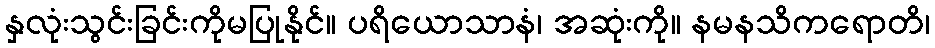
နှလုံးသွင်းခြင်းကိုမပြုနိုင်။ ပရိယောသာနံ၊ အဆုံးကို။ နမနသိကရောတိ၊